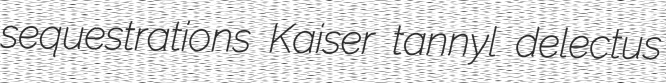
sequestrations Kaiser tannyl delectus